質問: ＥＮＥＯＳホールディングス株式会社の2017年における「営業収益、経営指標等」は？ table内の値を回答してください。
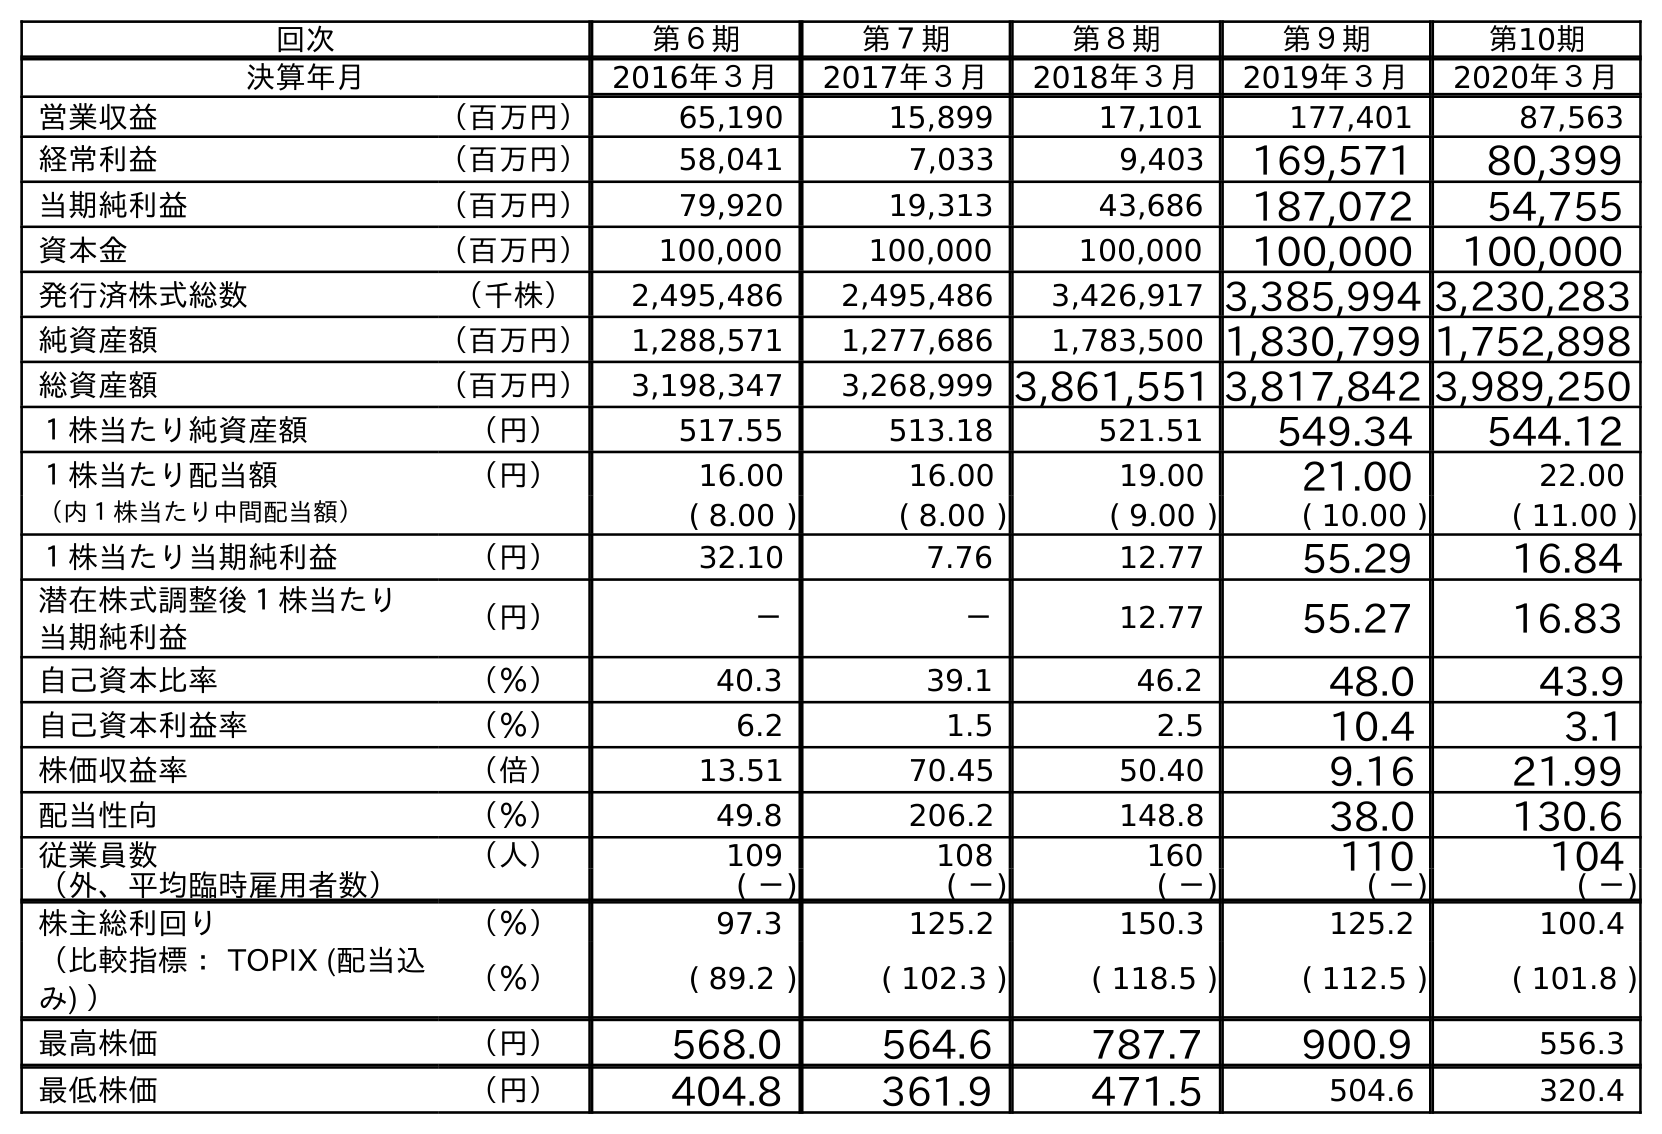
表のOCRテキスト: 回次 第６期 第７期 第８期 第９期 第10期 決算年月 2016年３月 2017年３月 2018年３月 2019年３月 2020年３月 営業収益 （百万円） 65,190 15,899 17,101 177,401 87,563 経常利益 （百万円） 58,041 7,033 9,403 169,571 80,399 当期純利益 （百万円） 79,920 19,313 43,686 187,072 54,755 資本金 （百万円） 100,000 100,000 100,000 100,000 100,000 発行済株式総数 （千株） 2,495,486 2,495,486 3,426,917 3,385,994 3,230,283 純資産額 （百万円） 1,288,571 1,277,686 1,783,500 1,830,799 1,752,898 総資産額 （百万円） 3,198,347 3,268,999 3,861,551 3,817,842 3,989,250 １株当たり純資産額 （円） 517.55 513.18 521.51 549.34 544.12 １株当たり配当額 （円） 16.00 16.00 19.00 21.00 22.00 （内１株当たり中間配当額） ( 8.00 ) ( 8.00 ) ( 9.00 ) ( 10.00 ) ( 11.00 ) １株当たり当期純利益 （円） 32.10 7.76 12.77 55.29 16.84 潜在株式調整後１株当たり 当期純利益 （円） － － 12.77 55.27 16.83 自己資本比率 （％） 40.3 39.1 46.2 48.0 43.9 自己資本利益率 （％） 6.2 1.5 2.5 10.4 3.1 株価収益率 （倍） 13.51 70.45 50.40 9.16 21.99 配当性向 （％） 49.8 206.2 148.8 38.0 130.6 従業員数 （人） 109 108 160 110 104 （外、平均臨時雇用者数） ( －) ( －) ( －) ( －) ( －) 株主総利回り （％） 97.3 125.2 150.3 125.2 100.4 （比較指標： TOPIX (配当込 み) ） （％） ( 89.2 ) ( 102.3 ) ( 118.5 ) ( 112.5 ) ( 101.8 ) 最高株価 （円） 568.0 564.6 787.7 900.9 556.3 最低株価 （円） 404.8 361.9 471.5 504.6 320.4
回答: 15,899